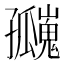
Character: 𪧄